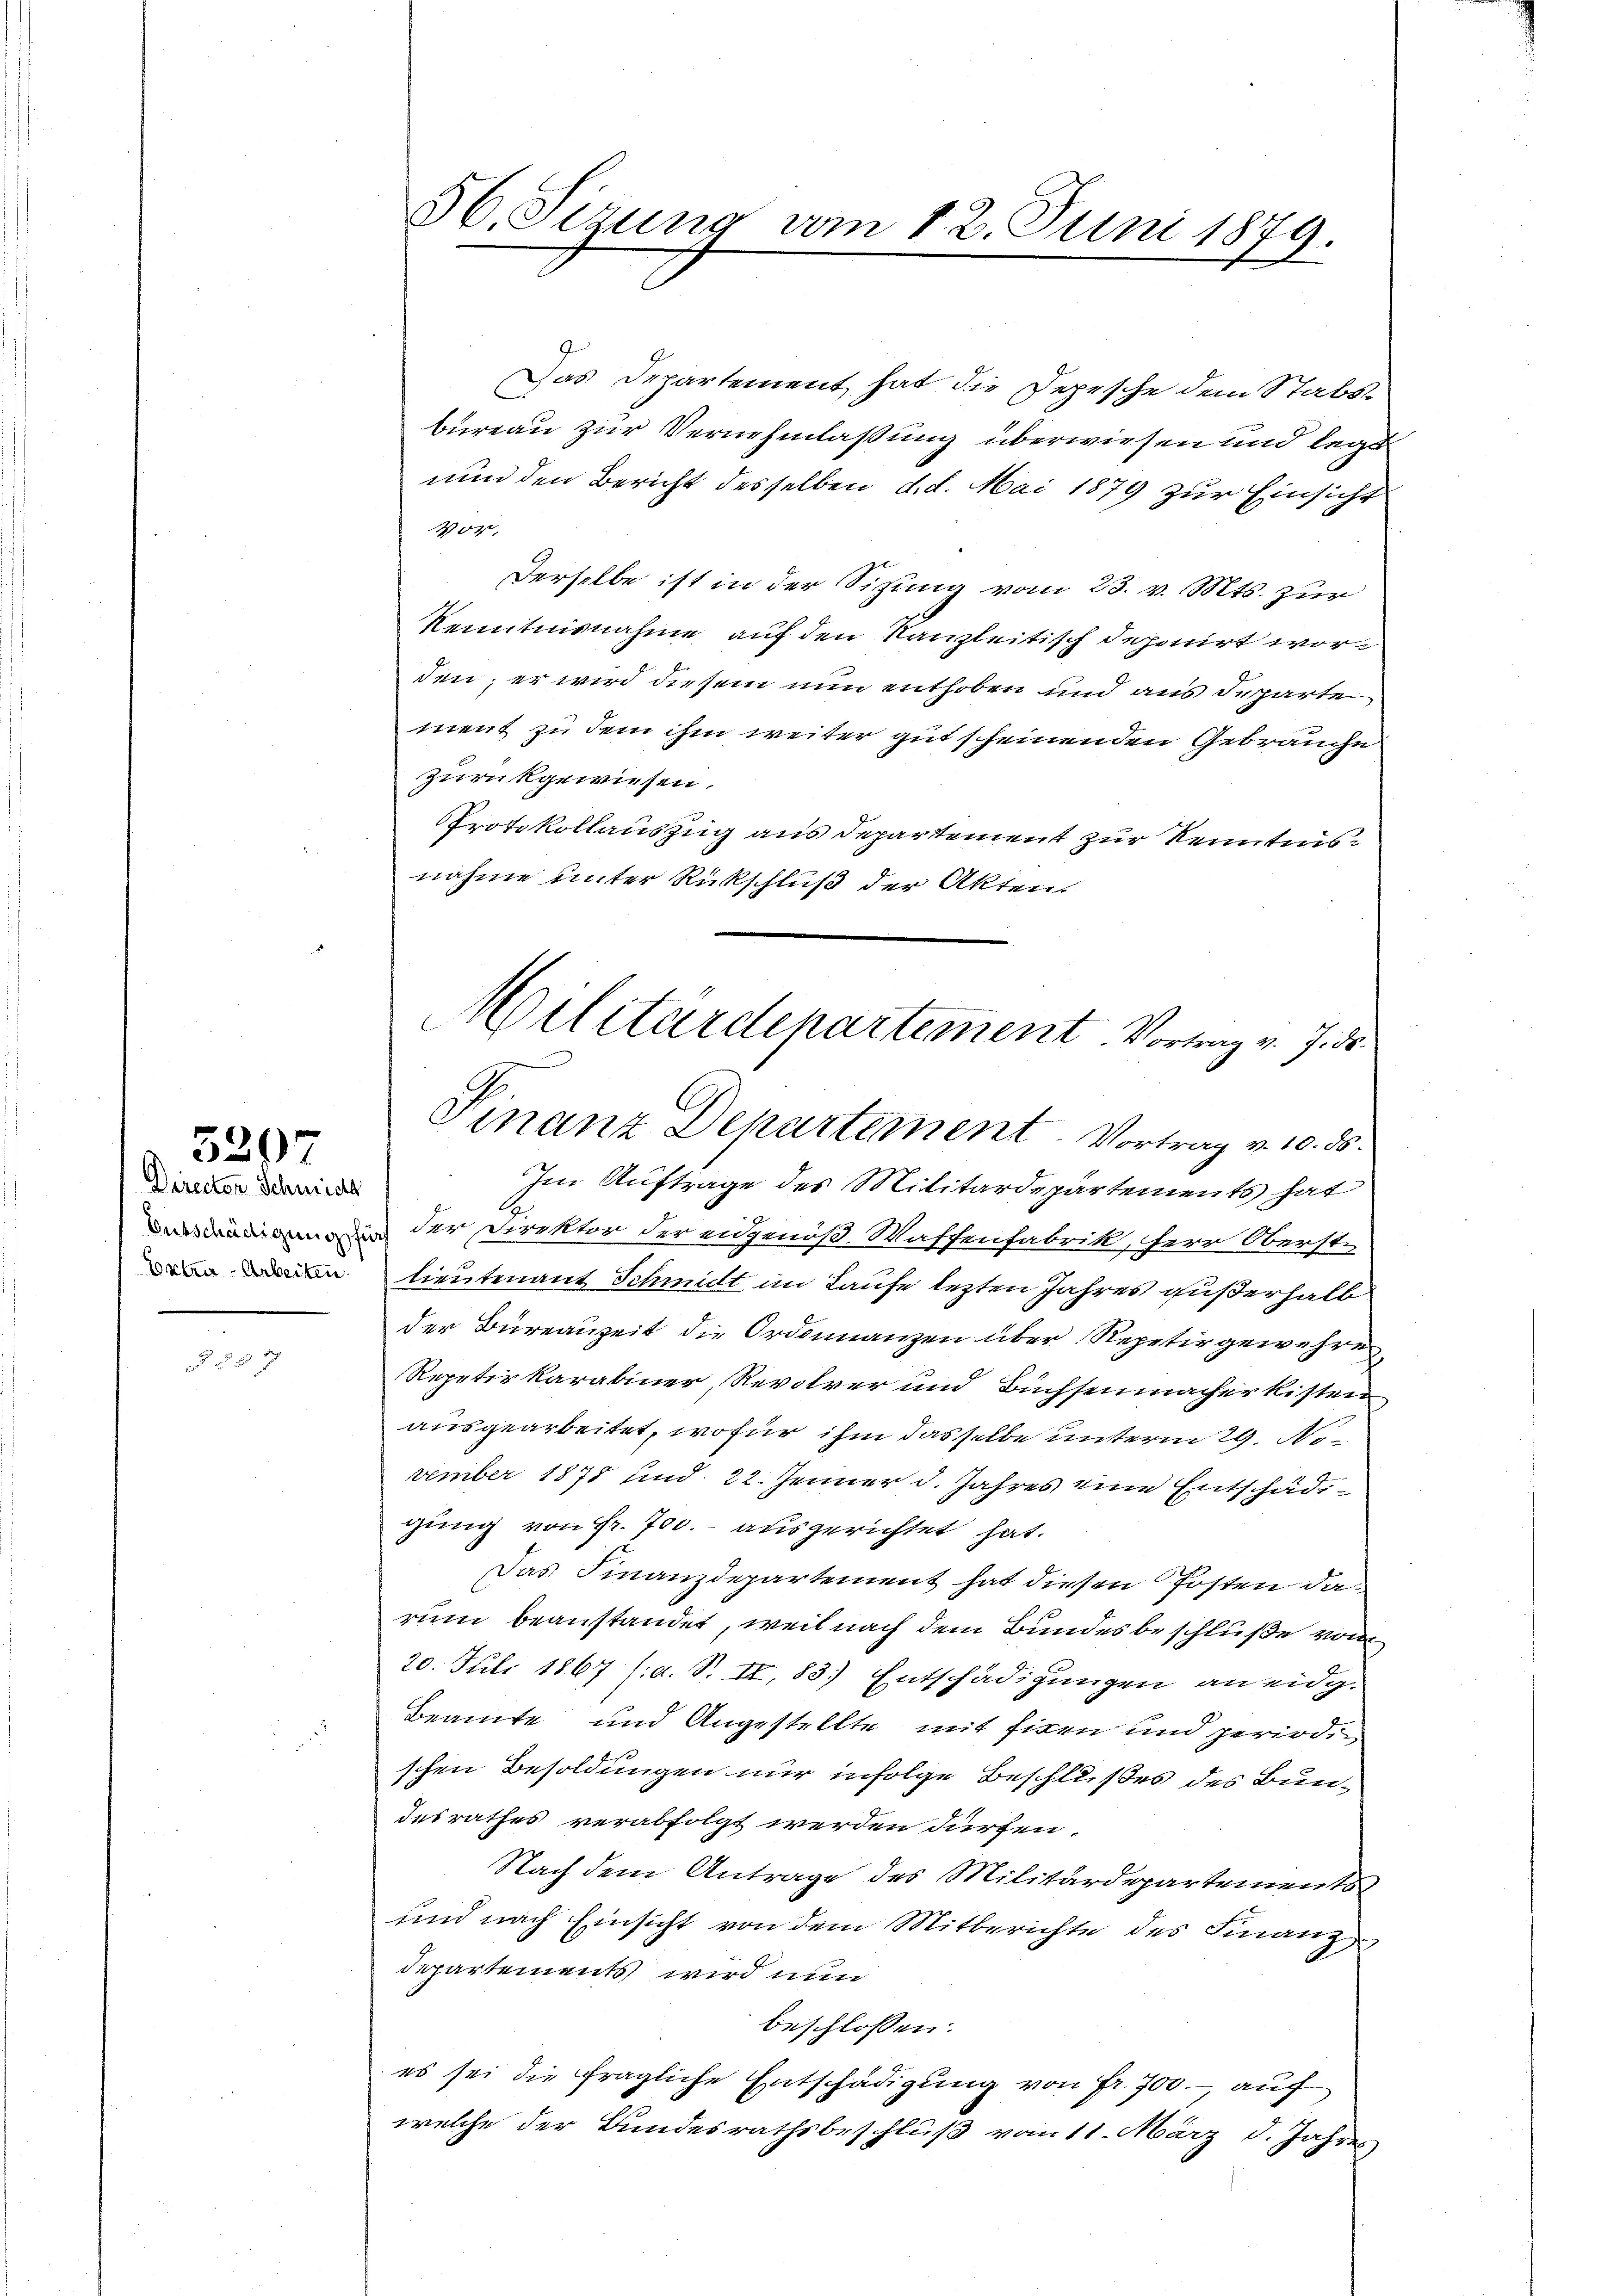
5297

Director Schmide
Torter Arbeiten.

§ 55 x

Das Departement hat die Depesche dem Stabsbureau zur Vernehmlassung überwiesen und leget
nun den Bericht desselben d. d. Mai 1879 zur Einsicht
Vor,
Derselbe ist in der Sitzung vom 23. v. Mts. zur
Kenntnisnahme auf den Kanzleitisch deponirt worden; er wird diesem nun enthoben und aus Departe
ment zu dem ihm weiter gut scheinenden Gebräuche
zurückgewiesen.
Protokollauszug aus Departement zur Kenntnisnahme unter Rückschluß der Akten.
Im Auftrage des Militärdepartements hat
 der Direktor der eidgenöß. Waffenfabrik, Herr Oberst-
lieutenant Schmidt im Laufe lezten Jahres gußerhalb
der Bureauzeit die Ordinanzen über Repetir gewehre
Repetirkarabiner Revolver und Büchsenmacher kisten
ausgearbeitet, wofür ihm dasselbe unterm 29. November 1878 und 22. Jenner d. Jahres eine Entschädigung von Fr. 700.- ausgerichtet hat.
Das Finanzdepartement hat diesen Posten darum beanstandet, weil nach dem Bundesbeschlüße vom
20. Juli 1867 s. a. S. II, 83. Entschädigungen an eidg.
Beamte und Angestellte mit fixen und periodischen Besoldungen nur infolge Beschlußes des Bundesrathes verabfolgt werden dürfen.
Nach dem Antrage des Militärdepartements
und nach Einsicht von dem Mitberichte des Finanz
departements wird nun
beschlossen:
es sei die fragliche Entschädigŭng von fr. 700.- auf
welche der Bundesrathsbeschluß vom 11. März d. Jahres

56. Sizung vom 12. Juni 1879.

Militärdepartement. Vortrag v. 7. ds.
Finanz Departement. Vortrag v. 10. ds.